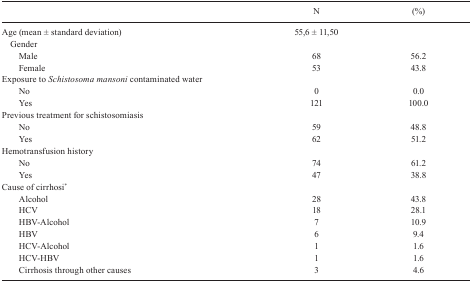
|  | N | (%) |
 | --- | --- | --- |
 | Age (mean ± standard deviation) | 55,6 ± 11,50 |  |
 | <COLSPAN=3> Gender |
 | Male | 68 | 56.2 |
 | Female | 53 | 43.8 |
 | <COLSPAN=3> Exposure to Schistosoma mansoni contaminated water |
 | No | 0 | 0.0 |
 | Yes | 121 | 100.0 |
 | <COLSPAN=3> Previous treatment for schistosomiasis |
 | No | 59 | 48.8 |
 | Yes | 62 | 51.2 |
 | <COLSPAN=3> Hemotransfusion history |
 | No | 74 | 61.2 |
 | Yes | 47 | 38.8 |
 | <COLSPAN=3> Cause of cirrhosi* |
 | Alcohol | 28 | 43.8 |
 | HCV | 18 | 28.1 |
 | HBV-Alcohol | 7 | 10.9 |
 | HBV | 6 | 9.4 |
 | HCV-Alcohol | 1 | 1.6 |
 | HCV-HBV | 1 | 1.6 |
 | Cirrhosis through other causes | 3 | 4.6 |